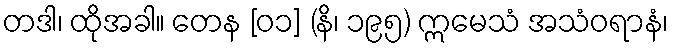
တဒါ၊ ထိုအခါ။ တေန [၀၁] (နိ၊ ၁၉၅) ဣမေသံ အသံဝရာနံ၊